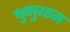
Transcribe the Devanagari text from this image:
श्रुणुयाम